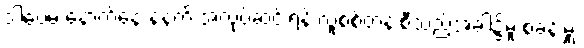
ဒါပေမဲ့ နောက်နေ့ နံနက် အလုပ်ဆင်းရန် လူစစ်တန်းစီသည့်အခါ၌မူ စခန်းမှူး